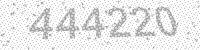
Solution: 444220